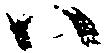
ハ